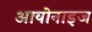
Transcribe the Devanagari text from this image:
आयोनाइज